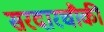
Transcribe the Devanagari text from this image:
सरदारचौकी